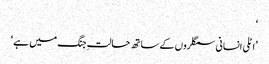
‘
’اٹلی انسانی سمگلروں کے ساتھ حالتِ جنگ میں ہے‘